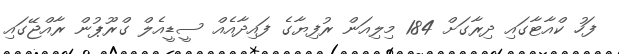
ފަހު ކްއާޓާގައި ދިރާގަށް 184 މިލިއަން ރުފިޔާގެ ފައިދާއެއް ސީޑީއެލް ގްރޫޕުން ރާއްޖޭގައި